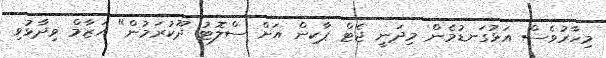
މިހާރުވެސް އަޅުގަނޑުމެން މިދަނީ ޖެޓް ޕާކިން އަށް ސްލޮޓު ދޫކުރަމުން" އަޒާމް ވިދާޅުވި